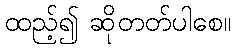
ထည့်၍ ဆိုတတ်ပါစေ။